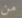
من